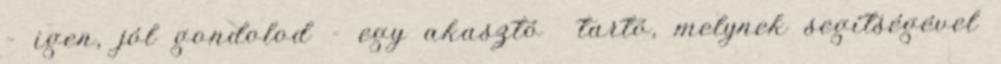
– igen, jól gondolod - egy akasztó tartó, melynek segítségével